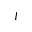
I